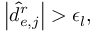
\left\lvert \hat { d } _ { e , j } ^ { r } \right\rvert > \epsilon _ { l } ,